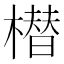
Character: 𣚽